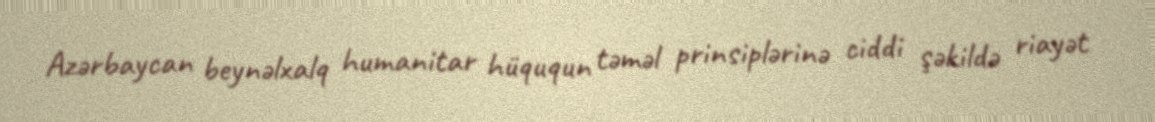
Azərbaycan beynəlxalq humanitar hüququn təməl prinsiplərinə ciddi şəkildə riayət